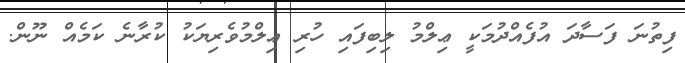
ފިތުނަ ފަސާދަ އުފެއްދުމަކީ ޢިލްމު ލިބިފައި ހުރި ޢިލްމުވެރިޔަކު ކުރާނެ ކަމެއް ނޫން.